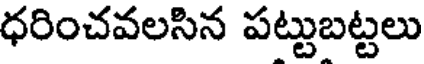
ధరించవలసిన పట్టుబట్టలు